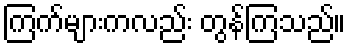
ကြက်များကလည်း တွန်ကြသည်။